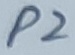
Text: P2